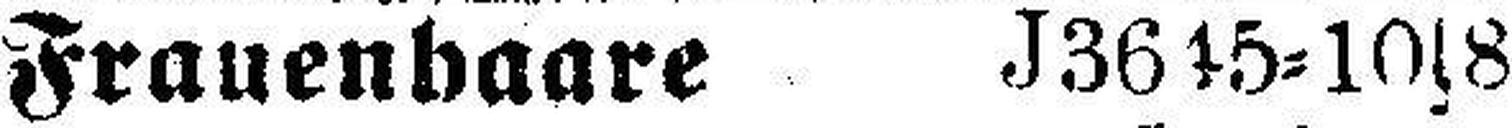
Frauenhaare J3645=10s8